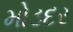
મોડદર